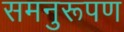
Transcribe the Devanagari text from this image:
समनुरूपण